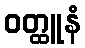
ဝတ္ထူနံ